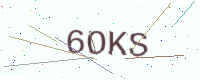
Text: 6OKS